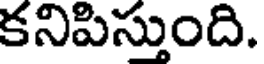
కనిపిస్తుంది.